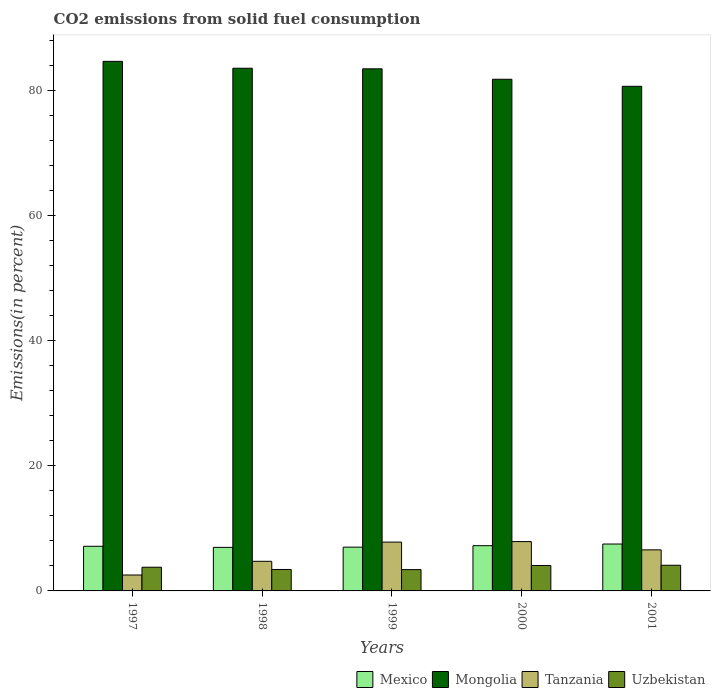
| Years | Mexico | Mongolia | Tanzania | Uzbekistan |
 | --- | --- | --- | --- | --- |
 | 1997 | 7.14 | 84.6 | 2.54 | 3.79 |
 | 1998 | 6.96 | 83.5 | 4.73 | 3.43 |
 | 1999 | 7 | 83.4 | 7.8 | 3.41 |
 | 2000 | 7.23 | 81.8 | 7.88 | 4.07 |
 | 2001 | 7.5 | 80.7 | 6.57 | 4.1 |